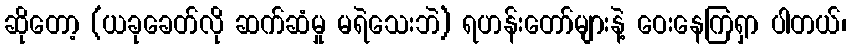
ဆိုတော့ (ယခုခေတ်လို ဆက်ဆံမှု မရဲသေးဘဲ) ရဟန်းတော်များနဲ့ ဝေးနေကြရှာ ပါတယ်၊